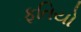
ફતિયો